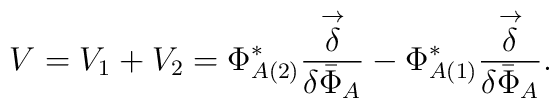
V = V_{1} + V_{2} = \Phi^{*}_{A(2)}\frac{\stackrel{\rightarrow}{\delta}}{\delta{\bar{\Phi}}_{A}}- \Phi^{*}_{A(1)} \frac{\stackrel{\rightarrow}{\delta}}{\delta{\bar{\Phi}}_{A}} .